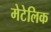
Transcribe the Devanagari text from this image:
मेटेलिक